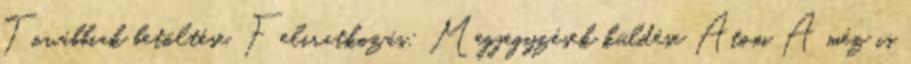
Továbbiak betöltése. Feliratkozás: Megjegyzések küldése Atom A méz is